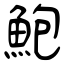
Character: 鮑